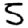
Digit: 5